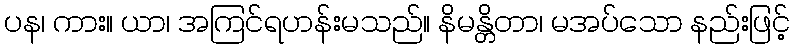
ပန၊ ကား။ ယာ၊ အကြင်ရဟန်းမသည်။ နိမန္တိတာ၊ မအပ်သော နည်းဖြင့်